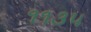
૧૧૩૫